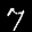
Label: 7